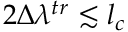
2 \Delta \lambda ^ { t r } \lesssim l _ { c }